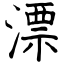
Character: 漂